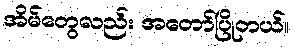
အိမ်တွေလည်း အတော်ပြိုတယ်။